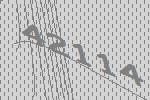
42114